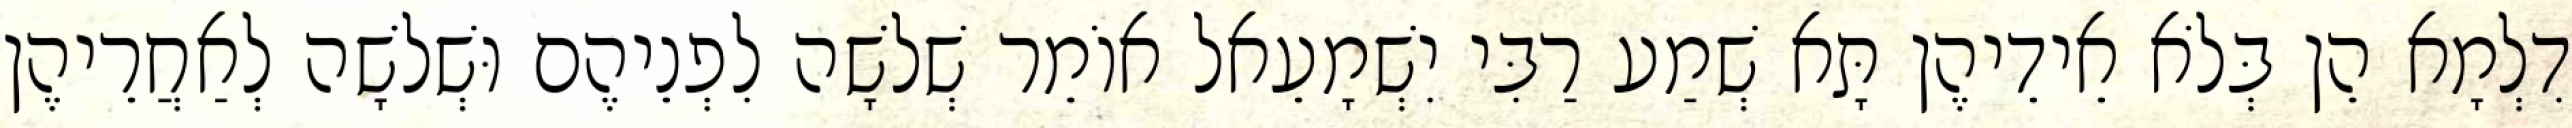
דִלְמָא הֵן בְּלֹא אֵידֵיהֶן תָּא שְׁמַע רַבִּי יִשְׁמָעֵאל אוֹמֵר שְׁלֹשָׁה לִפְנֵיהֶם וּשְׁלֹשָׁה לְאַחֲרֵיהֶן